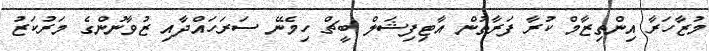
މުޒާހަރާ އިންތިޒާމް ކުރާ ފަރާތުުން އާޓިފިޝަލް ބީޗް ހިމެނޭ ސަރަހައްދާއި ޒުވާނުންގެ މަރުކަޒު